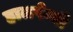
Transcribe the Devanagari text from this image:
हालपेन्नी